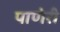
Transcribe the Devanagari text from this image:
पाणेरी